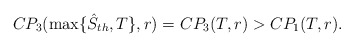
\begin{align*}CP_3(\max\{\hat{S}_{th},T\},r)=CP_3(T,r)>CP_1(T,r).\end{align*}